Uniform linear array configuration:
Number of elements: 4
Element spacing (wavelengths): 0.75
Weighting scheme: cosine
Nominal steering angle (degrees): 30
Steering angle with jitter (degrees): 29.068
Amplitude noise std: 0.05
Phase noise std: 0.05

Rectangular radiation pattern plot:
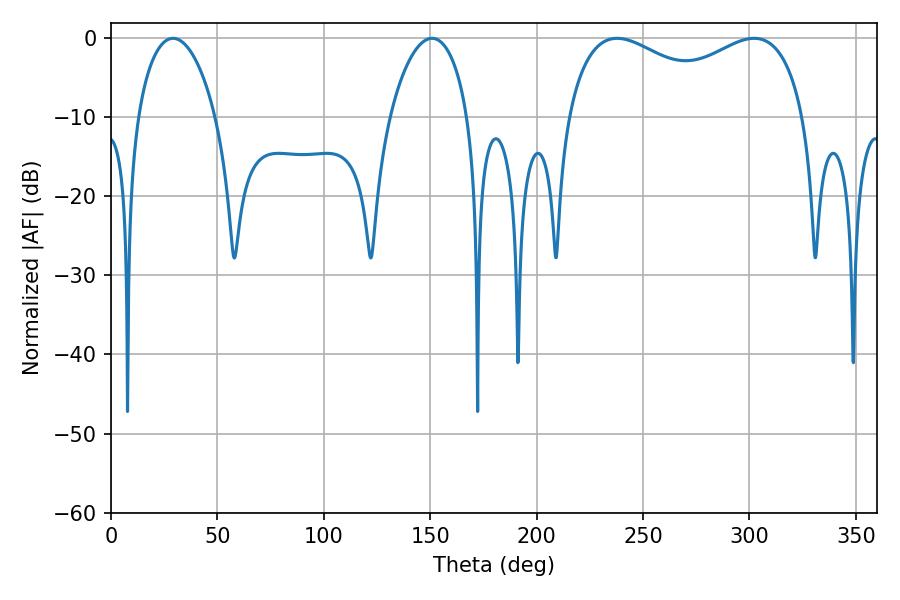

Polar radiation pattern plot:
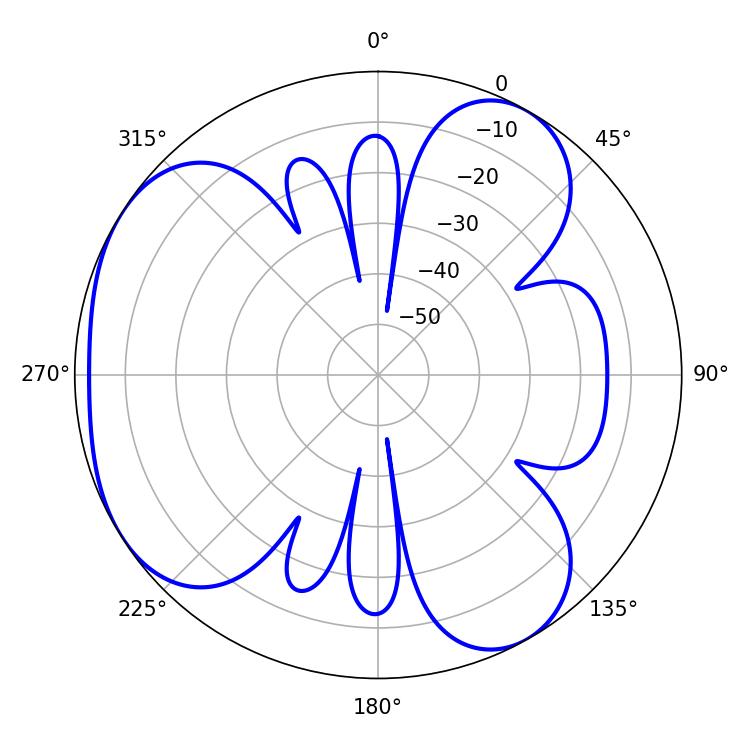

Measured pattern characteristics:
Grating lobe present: TRUE
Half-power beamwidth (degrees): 20.88
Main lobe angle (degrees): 29.16